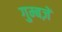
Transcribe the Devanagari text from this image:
गुम्बज़ें